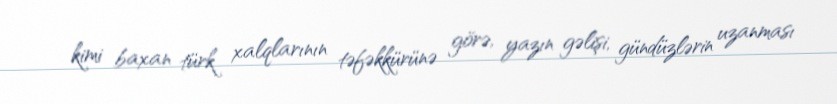
kimi baxan türk xalqlarının təfəkkürünə görə, yazın gəlişi, gündüzlərin uzanması